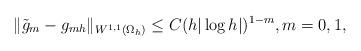
LaTeX: \begin{align*} \|\tilde g_m - g_{mh}\|_{W^{1,1}(\Omega_h)} \le C(h|\log h|)^{1-m}, m=0,1,\end{align*}